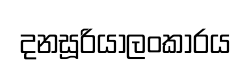
දනසූරියාලංකාරය